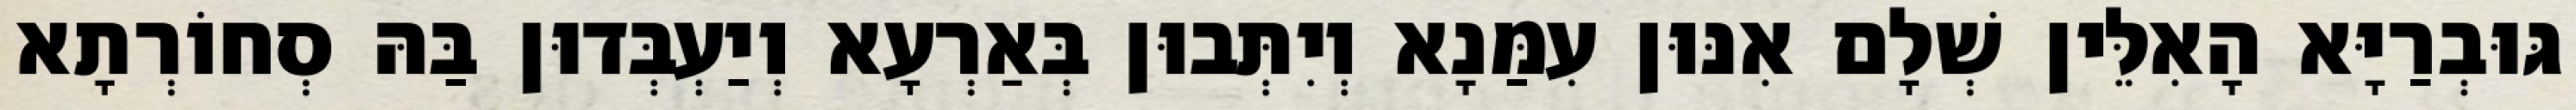
גּוּבְרַיָּא הָאִלֵּין שְׁלָם אִנּוּן עִמַּנָא וְיִתְּבוּן בְּאַרְעָא וְיַעְבְּדוּן בַּהּ סְחוֹרְתָא